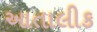
આતાલીક